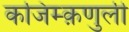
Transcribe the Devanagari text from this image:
कजिम्क़णुली